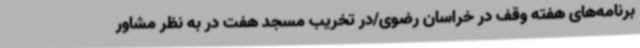
برنامه‌های هفته وقف در خراسان رضوی/در تخریب مسجد هفت در به نظر مشاور